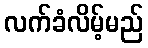
လက်ခံလိမ့်မည်